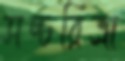
সচ্চরিত্রা